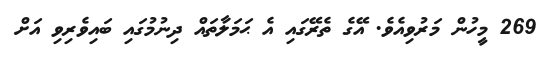
269 މީހުން މަރުވިއެވެ. އޭގެ ތެރޭގައި އެ ޙަމަލާތައް ދިނުމުގައި ބައިވެރިވި އަށް